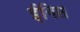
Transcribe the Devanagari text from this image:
ईगिप्त